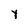
Character: Y